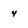
Character: 4